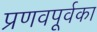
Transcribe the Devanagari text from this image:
प्रणवपूर्वका